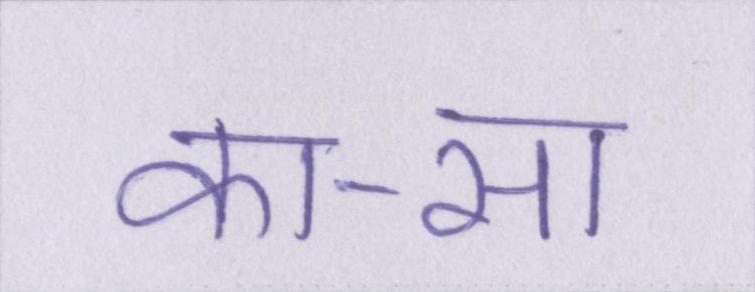
का-सा